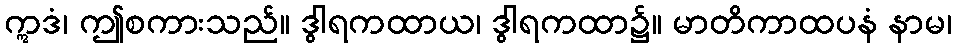
ဣဒံ၊ ဤစကားသည်။ ဒွါရကထာယ၊ ဒွါရကထာ၌။ မာတိကာထပနံ နာမ၊